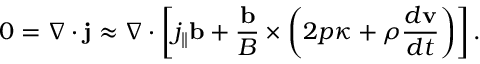
0 = \nabla \cdot \mathbf { j } \approx \nabla \cdot \left[ j _ { \| } \mathbf { b } + \frac { \mathbf { b } } { B } \times \left( 2 p \boldsymbol { \kappa } + \rho \frac { d { \mathbf { v } } } { d t } \right) \right] .